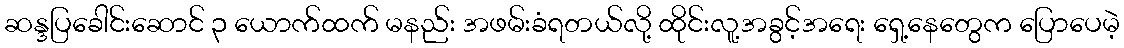
ဆန္ဒပြခေါင်းဆောင် ၃ ယောက်ထက် မနည်း အဖမ်းခံရတယ်လို့ ထိုင်းလူ့အခွင့်အရေး ရှေ့နေတွေက ပြောပေမဲ့